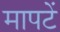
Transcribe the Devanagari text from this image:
मापटें